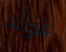
غولد